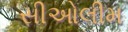
સીઓલીમ